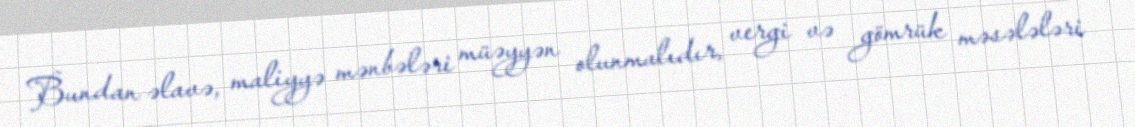
Bundan əlavə, maliyyə mənbələri müəyyən olunmalıdır, vergi və gömrük məsələləri